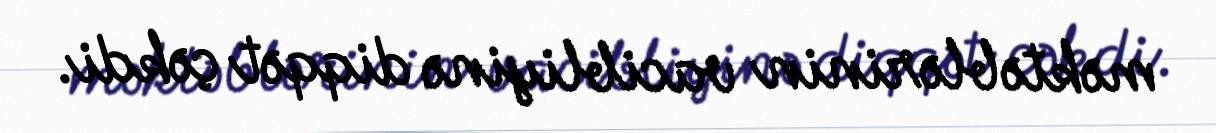
məktəblərinin vacibliyinə diqqət çəkdi.